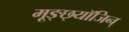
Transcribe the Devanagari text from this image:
मूङ्छ्यॉजिन्